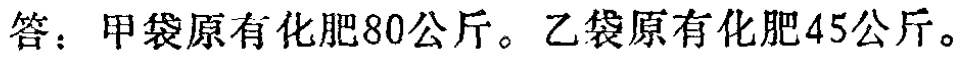
答：甲袋原有化肥80公斤。乙袋原有化肥45公斤。